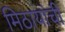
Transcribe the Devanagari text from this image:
मिठायांची